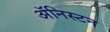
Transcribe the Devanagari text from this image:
अॅनिस्टन